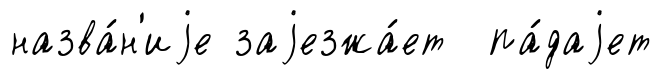
назва́н'иjе заjезжа́ет па́даjет